Vaccination United Provinces of Agra and Oudh 1923-1928 - 1923-1928
Year: 1923
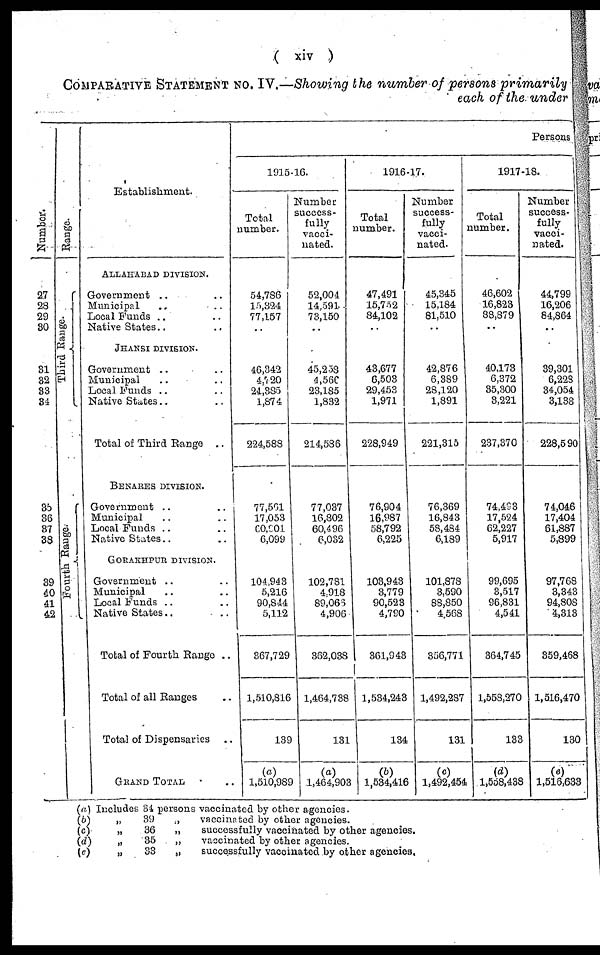
( xiv )
COMPARATIVE STATEMENT NO. IV.—Showing the number of persons primarily
each of the under
Number.
27
28
29
30
31
32
33
34
35
36
37
38
39
40
41
42
Range.
Third Range.
Fourth Range.
Establishment.
ALLAHABAD DIVISION.
Government .. ..
Municipal .. ..
Local Funds .. ..
Native States .. ..
JHANSI DIVISION.
Government .. ..
Municipal .. ..
Local Funds .. ..
Native States .. ..
Total of Third Range ..
BENARES DIVISION.
Government .. ..
Municipal .. ..
Local Funds .. ..
Native States .. ..
GORAKHPUR DIVISION.
Government .. ..
Municipal .. ..
Local Funds .. ..
Native States .. ..
Total of Fourth Range ..
Total of all Ranges ..
Total of Dispensaries ..
GRAND TOTAL ..
Persons
1915-16.
Total
number.
54,786
15,324
77,157
46,342
4,720
24,385
1,874
224,588
77,561
17,053
60,901
6,099
104,943
5,216
90,844
5,112
367,729
1,510,816
139
(a)
1,510,989
Number
success-
fully
vacci-
nated.
52,004
14,591
73,150
..
45,258
4,568
23,185
1,832
214,586
77,037
16,802
60,496
6,032
102,781
4,918
89,066
4,906
362,038
1,464,738
131
(a)
1,464,903
1916-17.
Total
number.
47,491
15,752
84,102
43,677
6,503
29,453
1,971
228,949
76,904
16,987
58,792
6,225
103,943
3,779
90,523
4,790
361,943
1,534,243
134
(b)
1,534,416
Number
success-
fully
vacci-
nated.
45,345
15,184
81,510
..
42,876
6,389
28,120
1,891
221,315
76,369
16,843
58,484
6,189
101,878
3,590
88,850
4,568
356,771
1,492,287
131
(c)
1,492,454
1917-18.
Total
number.
46,602
16,823
38,879
..
40,173
6,372
35,300
3,221
237,370
74,493
17,524
62,227
5,917
99,695
3,517
96,831
4,541
364,745
1,558,270
133
(d)
1,558,438
Number
success¬
fully
vacci-
nated.
44,799
16,206
84,864
..
39,301
6,228
34,054
3,133
228,590
74,046
17,404
61,887
5,899
97,768
3,343
94,808
4,313
359,468
1,516,470
130
(e)
1,516,633
(a) Includes 34 persons vaccinated by other agencies.
(b)
„
39
„
vaccinated by other agencies.
(c)
„
36
„
successfully vaccinated by other agencies.
(d)
„
35
„
vaccinated by other agencies.
(e)
„
33
„
successfully vaccinated by other agencies.